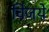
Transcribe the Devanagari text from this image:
विजये